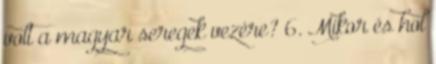
volt a magyar seregek vezére? 6. Mikor és hol